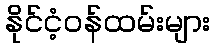
နိုင်ငံ့ဝန်ထမ်းများ